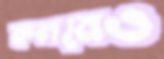
কলমেও